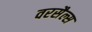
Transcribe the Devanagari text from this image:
वरसैल्स